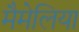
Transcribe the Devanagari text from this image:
मैमेलिया